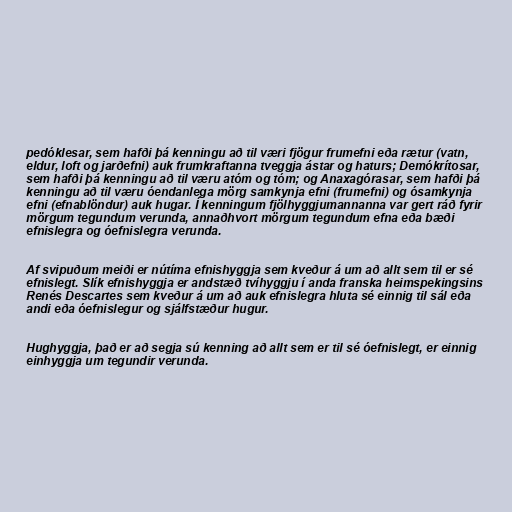
pedóklesar, sem hafði þá kenningu að til væri fjögur frumefni eða rætur (vatn,
eldur, loft og jarðefni) auk frumkraftanna tveggja ástar og haturs; Demókrítosar,
sem hafði þá kenningu að til væru atóm og tóm; og Anaxagórasar, sem hafði þá
kenningu að til væru óendanlega mörg samkynja efni (frumefni) og ósamkynja
efni (efnablöndur) auk hugar. Í kenningum fjölhyggjumannanna var gert ráð fyrir
mörgum tegundum verunda, annaðhvort mörgum tegundum efna eða bæði
efnislegra og óefnislegra verunda.

Af svipuðum meiði er nútíma efnishyggja sem kveður á um að allt sem til er sé
efnislegt. Slík efnishyggja er andstæð tvíhyggju í anda franska heimspekingsins
Renés Descartes sem kveður á um að auk efnislegra hluta sé einnig til sál eða
andi eða óefnislegur og sjálfstæður hugur.

Hughyggja, það er að segja sú kenning að allt sem er til sé óefnislegt, er einnig
einhyggja um tegundir verunda.